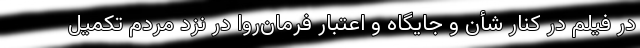
در فیلم در کنار شأن و جایگاه و اعتبارِ فرمان‌روا در نزدِ مردم تکمیل